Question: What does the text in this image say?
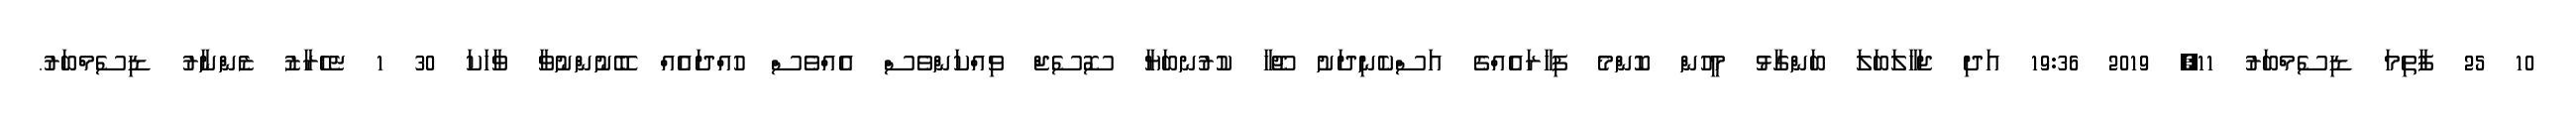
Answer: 10 25 ފާތިމަ ޑިސެމްބަރު 11, 2019 19:36 އަދި ޖަހާލަބަލަ ބަންގާޅު މީހުން ކޮންމެ ފިހާރައެއްގެ އަސްކެނިދަށު ޖޫހާ ކުރުނބަޔާ ސޮސެޖް ވިއްކަންވެސް އެއްވެސް ހުއްދައެއް ބޭނުންނުވާ ވާހަކަ 30 1 ޏެހެރާޒު ޒެންނާރު ޑިސެމްބަރު.